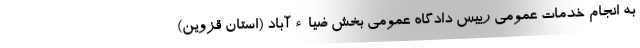
به انجام خدمات عمومی رییس دادگاه عمومی بخش ضیاءآباد (استان قزوین)